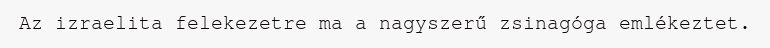
Az izraelita felekezetre ma a nagyszerű zsinagóga emlékeztet.